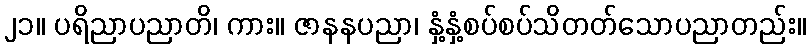
၂၁။ ပရိညာပညာတိ၊ ကား။ ဇာနနပညာ၊ နှံ့နှံ့စပ်စပ်သိတတ်သောပညာတည်း။